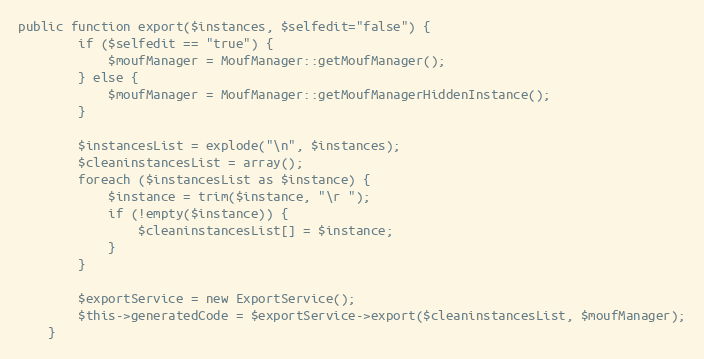
Language: PHP
public function export($instances, $selfedit="false") {
		if ($selfedit == "true") {
			$moufManager = MoufManager::getMoufManager();
		} else {
			$moufManager = MoufManager::getMoufManagerHiddenInstance();
		}

		$instancesList = explode("\n", $instances);
		$cleaninstancesList = array();
		foreach ($instancesList as $instance) {
			$instance = trim($instance, "\r ");
			if (!empty($instance)) {
				$cleaninstancesList[] = $instance;
			}
		}

		$exportService = new ExportService();
		$this->generatedCode = $exportService->export($cleaninstancesList, $moufManager);
	}